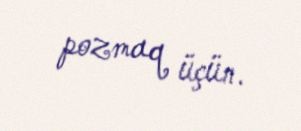
pozmaq üçün.